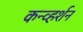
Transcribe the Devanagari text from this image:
कन्व्हर्शन